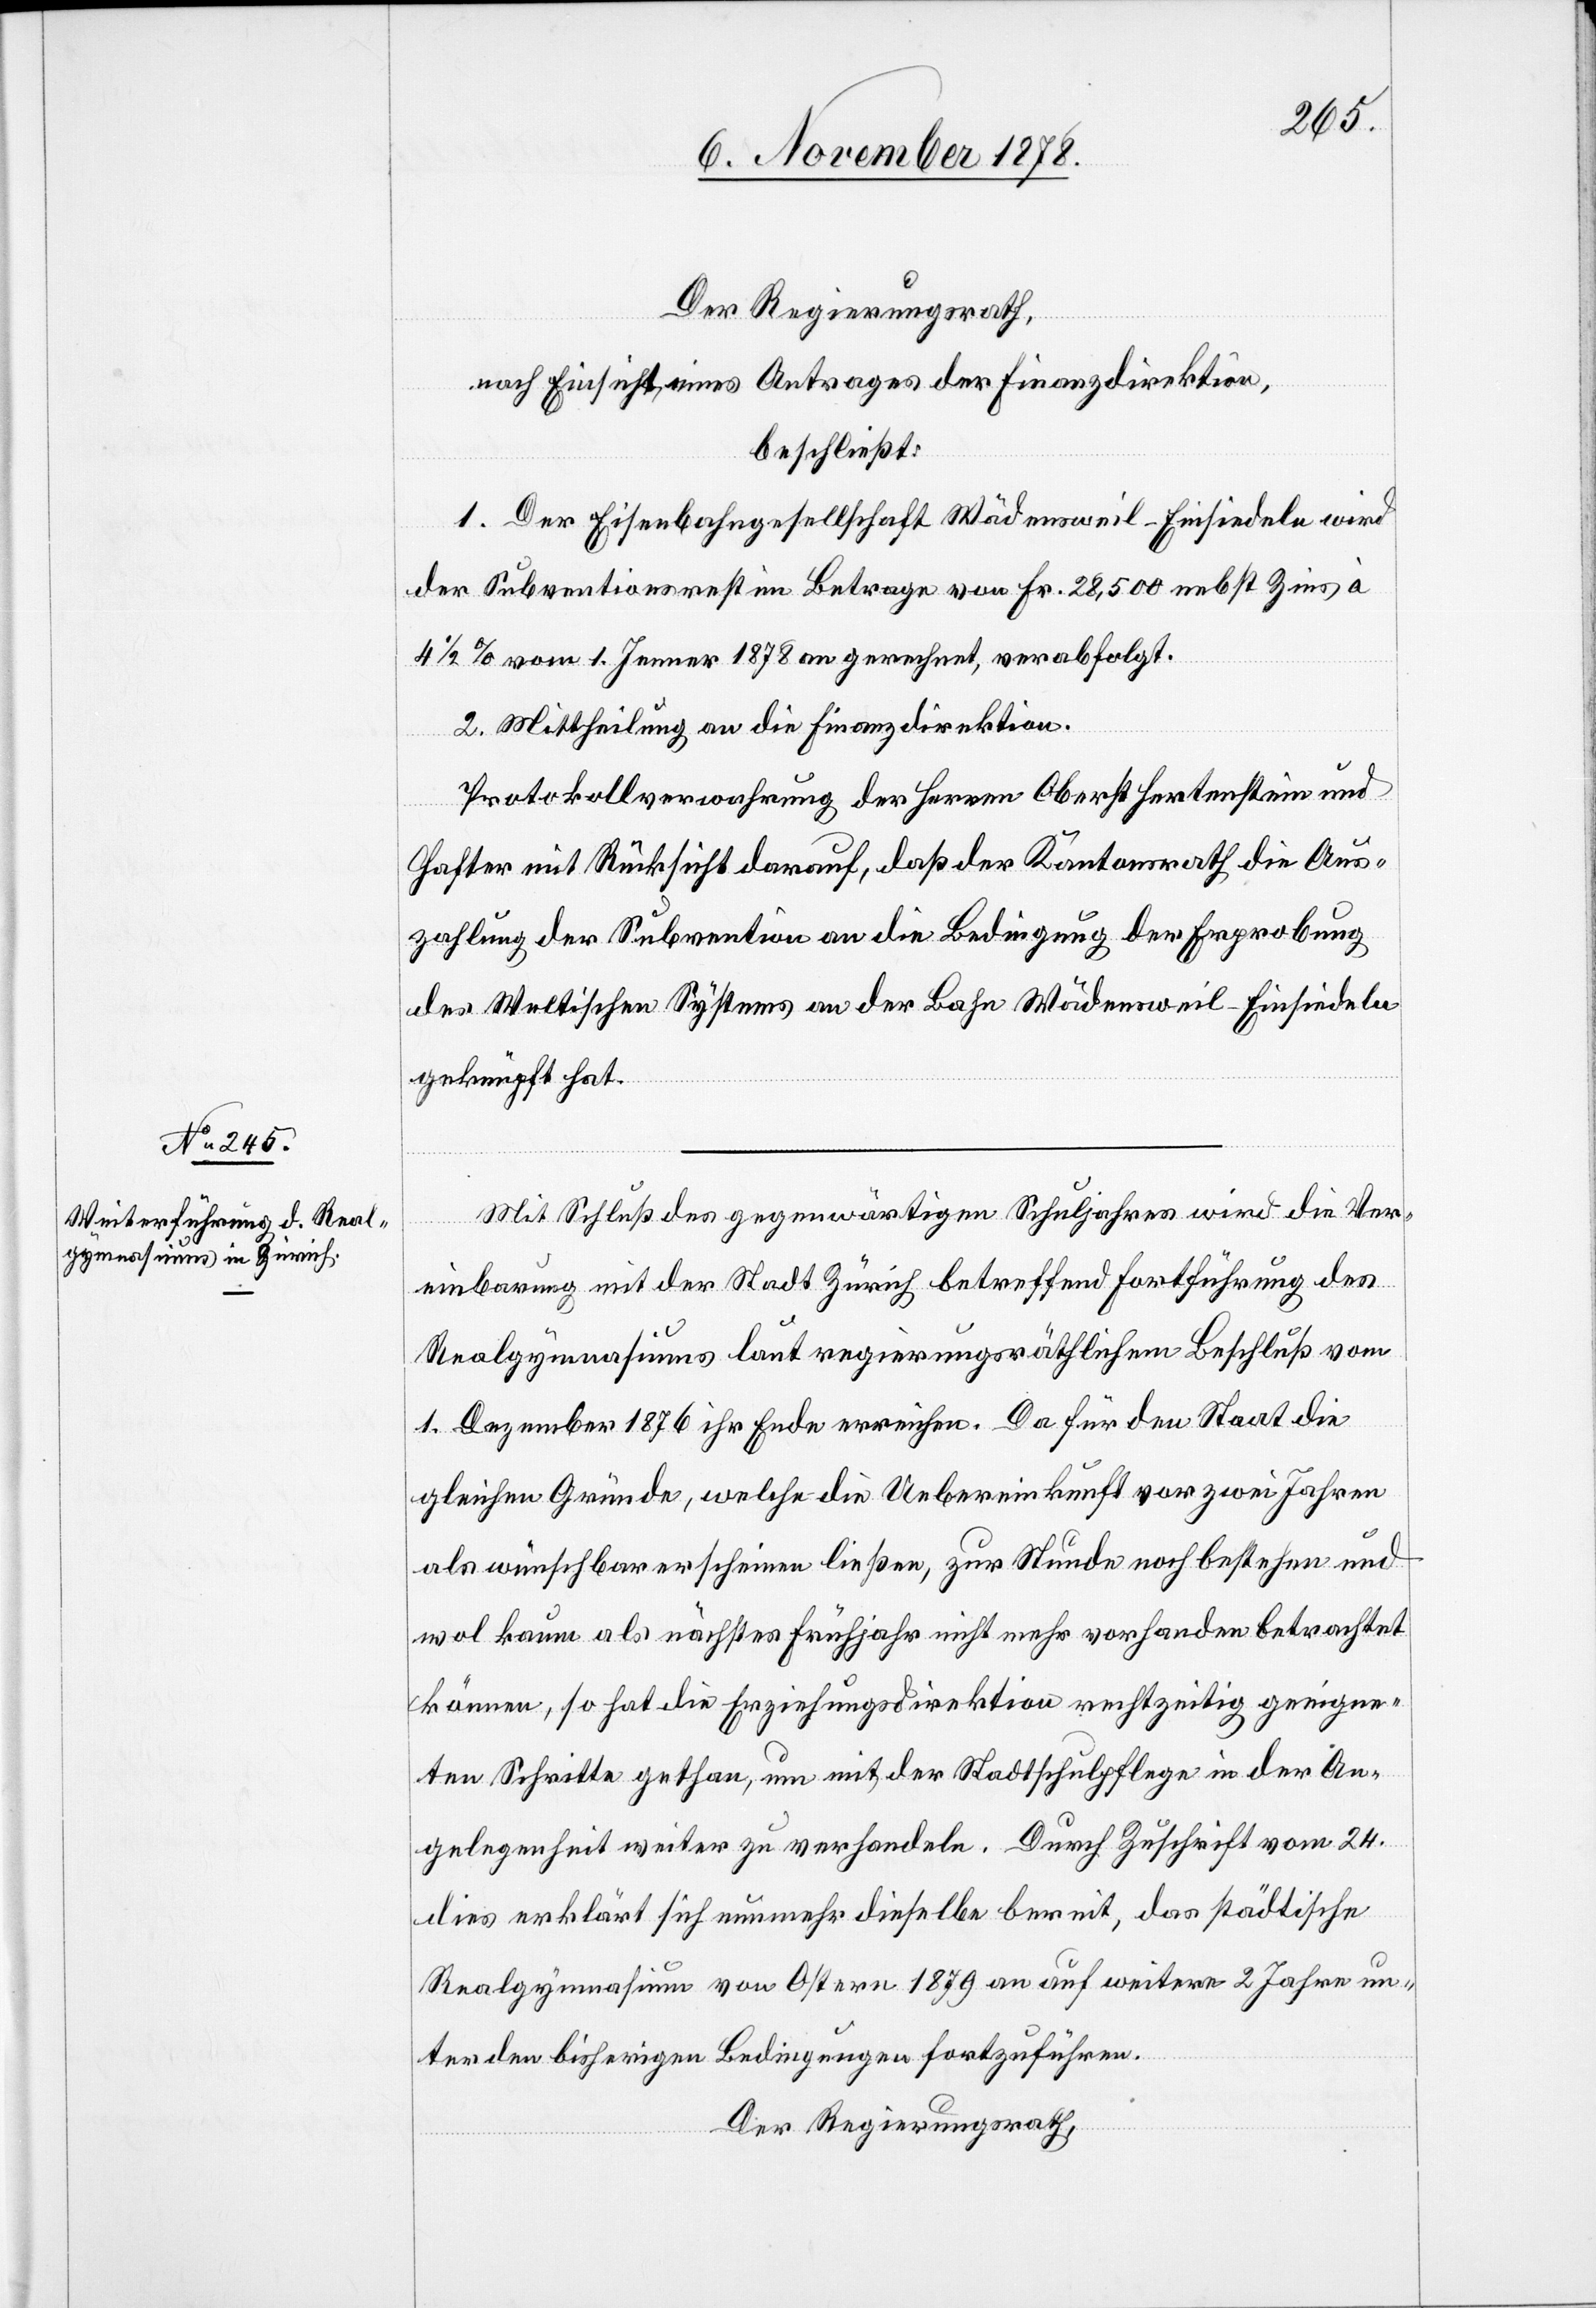
Der Regierungsrath,
nach Einsicht eines Antrages der Finanzdirektion,
beschließt:
1. Der Eisenbahngesellschaft Wädensweil–Einsiedeln wird
der Subventionsrest im Betrage von Fr. 28,500 nebst Zins à
1/2% vom 1. Jenner 1878 angerechnet, verabfolgt.
2. Mittheilung an die Finanzdirektion.
Protokollverwahrung der Herren Oberst Hertenstein und
Hafter mit Rücksicht darauf, daß der Kantonsrath die Aus¬
zahlung der Subvention an die Bedingung der Erprobung
des Weltischen Systems an der Bahn Wädensweil–Einsiedeln
geknüpft hat.
Mit Schluß des gegenwärtigen Schuljahres wird die Ver¬
einbarung mit der Stadt Zürich betreffend Fortführung des
Realgymnasiums laut regierungsräthlichem Beschluß vom
1. Dezember 1876 ihr Ende erreichen. Da für den Staat die
gleichen Gründe, welche die Uebereinkunft vor zwei Jahren
als wünschbar erscheinen ließen, zur Stunde noch bestehen und
wol kaum als nächstes Frühjahr nicht mehr vorhanden betrachtet
können, so hat die Erziehungsdirektion rechtzeitig geeigne¬
ten Schritte gethan, um mit der Stadtschulpflege in der An¬
gelegenheit weiter zu verhandeln. Durch Zuschrift vom 24.
dies erklärt sich nunmehr dieselbe bereit, das städtische
Realgymnasium von Ostern 1879 an auf weitere 2 Jahre un¬
ter den bisherigen Bedingungen fortzuführen.
Der Regierungsrath,